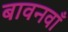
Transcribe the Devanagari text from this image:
बावनवाँ